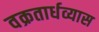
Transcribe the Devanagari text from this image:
वक्रतार्धव्यास